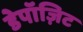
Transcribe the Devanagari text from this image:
डेपॉज़िट